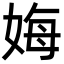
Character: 娒